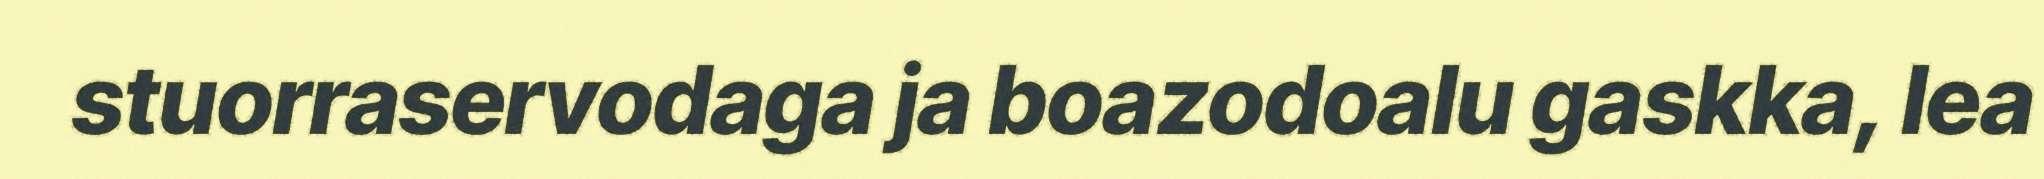
stuorraservodaga ja boazodoalu gaskka, lea